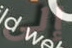
إلى